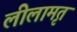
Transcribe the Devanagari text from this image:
लीलामृत